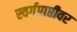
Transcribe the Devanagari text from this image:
स्वर्गप्राप्तीवर